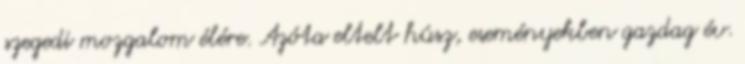
szegedi mozgalom élére. Azóta eltelt húsz, eseményekben gazdag év.